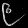
Digit: ၉